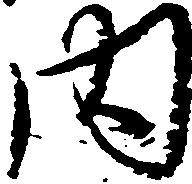
内